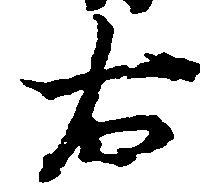
右